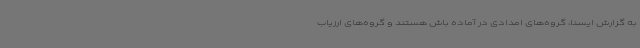
به گزارش ایسنا، گروه‌های امدادی در آماده باش هستند و گروه‌های ارزیاب